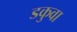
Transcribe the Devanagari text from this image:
डकुवा